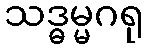
သဒ္ဓမ္မဂရု